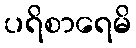
ပရိစာရေမိ